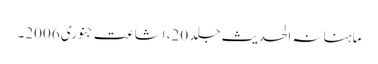
ماہنانہ الحدیث جلد 20، اشاعت جنوری 2006۔